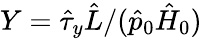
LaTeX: Y=\hat{\tau}_{y}\hat{L}/(\hat{p}_{0}\hat{H}_{0})